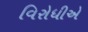
વિરોધીએ